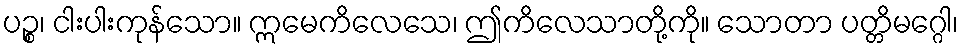
ပဉ္စ၊ ငါးပါးကုန်သော။ ဣမေကိလေသေ၊ ဤကိလေသာတို့ကို။ သောတာ ပတ္တိမဂ္ဂေါ၊